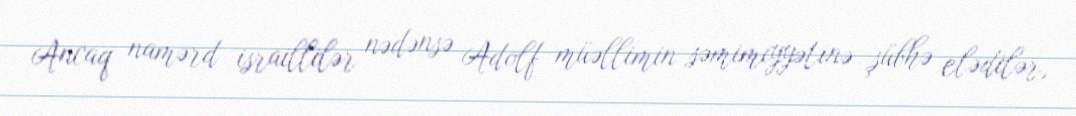
Ancaq namərd israillilər nədənsə Adolf müəllimin səmimiyyətinə şübhə elədilər,